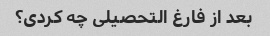
بعد از فارغ التحصیلی چه کردی؟